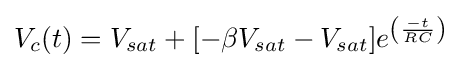
V_{c}(t)=V_{sat}+[-\beta V_{sat}-V_{sat}]e^{\left({\frac {-t}{RC}}\right)}